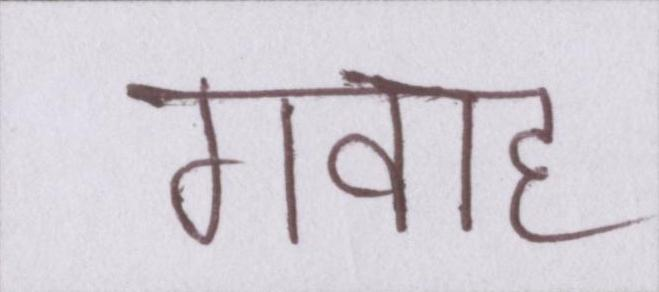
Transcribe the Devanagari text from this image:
गवाह